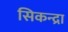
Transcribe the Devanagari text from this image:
सिकन्द्रा